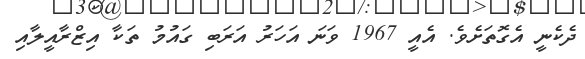
ދެކެނީ އެގޮތަށެވެ. އެއީ 1967 ވަނަ އަހަރު އަރަބި ގައުމު ތަކާ އިޒްރާއީލާއި